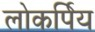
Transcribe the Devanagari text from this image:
लोकर्पिय